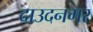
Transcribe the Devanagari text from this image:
दाउदनगर